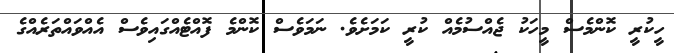
ހީކުރީ ކޮންމެސް މީހަކު ޖެއްސުމެއް ކުރީ ކަމަށެވެ. ނަމަވެސް ކޮންމެ ފޮއްޓެއްގައިވެސް އެއްވައްތަރެއްގެ